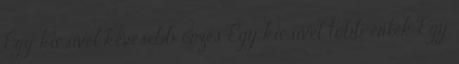
Egy kicsivel kevesebb önzés Egy kicsivel több érték Egy